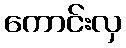
ကောင်းလှ